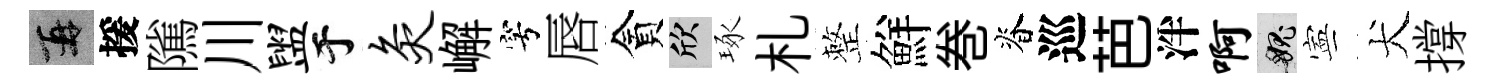
再援隲川盥于灸嶰穹唇貪欣琢札整鮮巻脊巡芭泮啊愧寕犬撐